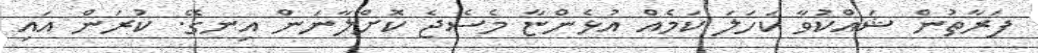
ފަރާތުން ޝައްކުވާ ކަހަލަ ކަމެއް އުޅެންޏާ މެސެޖެ ކޮށްލާނަން އިނގޭ. ކުރަން އައި